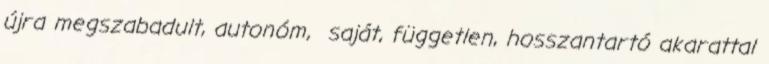
újra megszabadult, autonóm, saját, független, hosszantartó akarattal